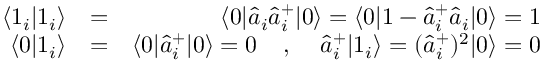
\begin{array} { r l r } { \langle 1 _ { i } | 1 _ { i } \rangle } & { = } & { \langle 0 | \hat { a } _ { i } \hat { a } _ { i } ^ { + } | 0 \rangle = \langle 0 | 1 - \hat { a } _ { i } ^ { + } \hat { a } _ { i } | 0 \rangle = 1 } \\ { \langle 0 | 1 _ { i } \rangle } & { = } & { \langle 0 | \hat { a } _ { i } ^ { + } | 0 \rangle = 0 \; \; \; \; , \; \; \; \; \hat { a } _ { i } ^ { + } | 1 _ { i } \rangle = ( \hat { a } _ { i } ^ { + } ) ^ { 2 } | 0 \rangle = 0 } \end{array}